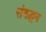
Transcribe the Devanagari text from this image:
संबद्धन